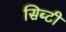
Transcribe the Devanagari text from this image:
सिब्‍टी